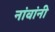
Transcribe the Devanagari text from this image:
नांवांनी